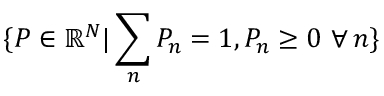
\{ P \in \mathbb { R } ^ { N } | \sum _ { n } P _ { n } = 1 , P _ { n } \geq 0 ~ \forall \, n \}